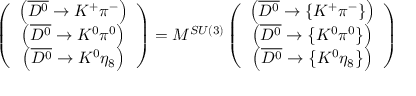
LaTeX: \left( \begin{array} { c } { { \left( \overline { { { D ^ { 0 } } } } \rightarrow K ^ { + } \pi ^ { - } \right) } } \\ { { \left( \overline { { { D ^ { 0 } } } } \rightarrow K ^ { 0 } \pi ^ { 0 } \right) } } \\ { { \left( \overline { { { D ^ { 0 } } } } \rightarrow K ^ { 0 } \eta _ { 8 } \right) } } \end{array} \right) = M ^ { S U ( 3 ) } \left( \begin{array} { c } { { \left( \overline { { { D ^ { 0 } } } } \rightarrow \left\{ K ^ { + } \pi ^ { - } \right\} \right) } } \\ { { \left( \overline { { { D ^ { 0 } } } } \rightarrow \left\{ K ^ { 0 } \pi ^ { 0 } \right\} \right) } } \\ { { \left( \overline { { { D ^ { 0 } } } } \rightarrow \left\{ K ^ { 0 } \eta _ { 8 } \right\} \right) } } \end{array} \right)